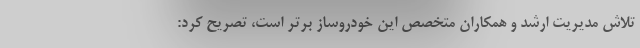
تلاش مديريت ارشد و همكاران متخصص اين خودروساز برتر است، تصريح كرد: